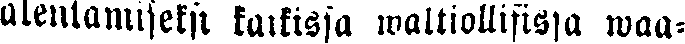
alentamiseksi kaikissa waltiollisissa waa-